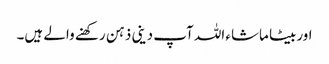
اوربیٹا ماشاء اللہ آپ دینی ذہن رکھنے والے ہیں۔